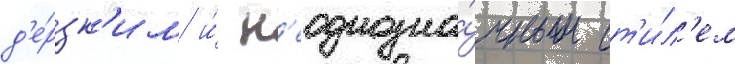
д'е́рзк'им и́ н'еоднозна́чным ст'и́л'ем